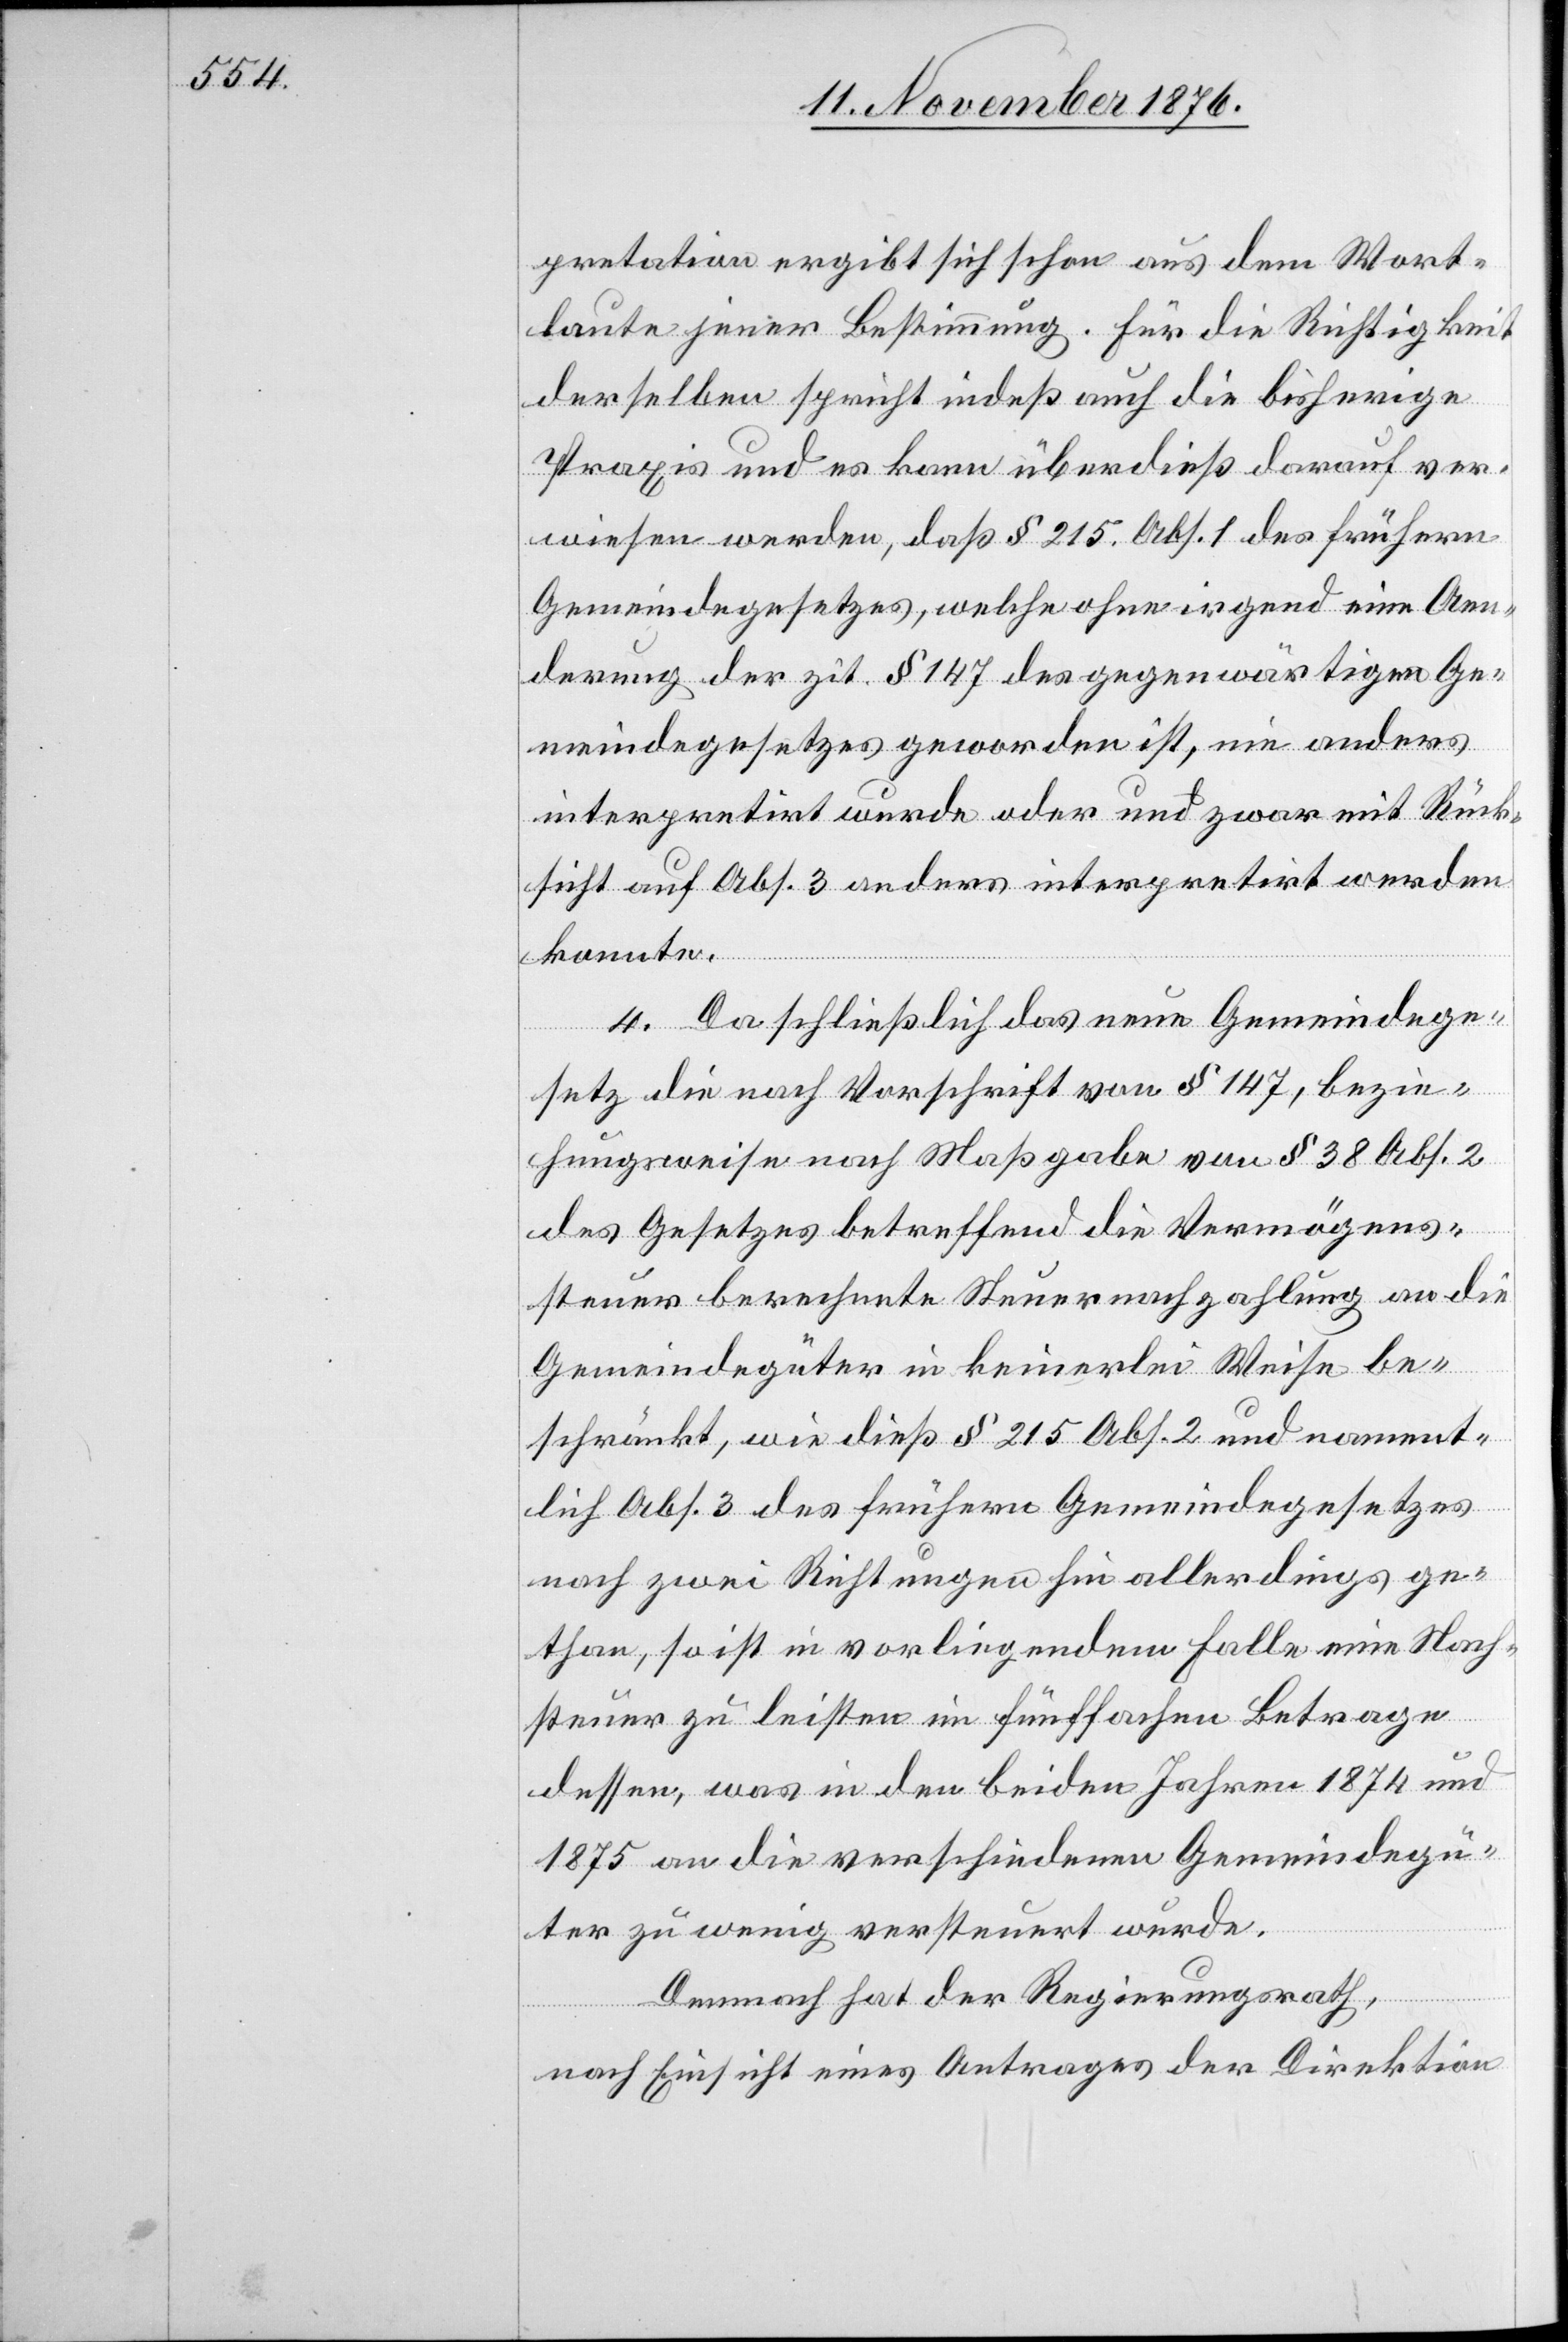
pretation ergibt sich schon aus dem Wort¬
laute jener Bestimmung. Für die Richtigkeit
derselben spricht indeß auch die bisherige
Praxis und es kann überdieß darauf ver¬
wiesen werden, daß § 215. Abs. 1 des frühern
Gemeindegesetzes, welche ohne irgend eine Aen¬
derung der zit. § 147 des gegenwärtigen Ge¬
meindegesetzes geworden ist, nie anders
interpretirt wurde oder und zwar mit Rück¬
sicht auf Abs. 3 anders interpretirt werden
konnte.
4. Da schließlich das neue Gemeindege¬
setz die nach Vorschrift von § 147, bezie¬
hungsweise nach Maßgabe von § 38 Abs. 2
des Gesetzes betreffend die Vermögens¬
steuer berechnete Steuernachzahlung an die
Gemeindegüter in keinerlei Weise be¬
schränkt, wie dieß § 215 Abs. 2 und nament¬
lich Abs. 3 des frühern Gemeindegesetzes
nach zwei Richtungen hin allerdings ge¬
than, so ist in vorliegendem Falle eine Nach¬
steuer zu leisten im fünffachen Betrage
dessen, was in den beiden Jahren 1874 und
1875 an die verschiedenen Gemeindegü¬
ter zu wenig versteuert wurde.
Demnach hat der Regierungsrath,
nach Einsicht eines Antrages der Direktion